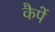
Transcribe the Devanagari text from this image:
कैपें